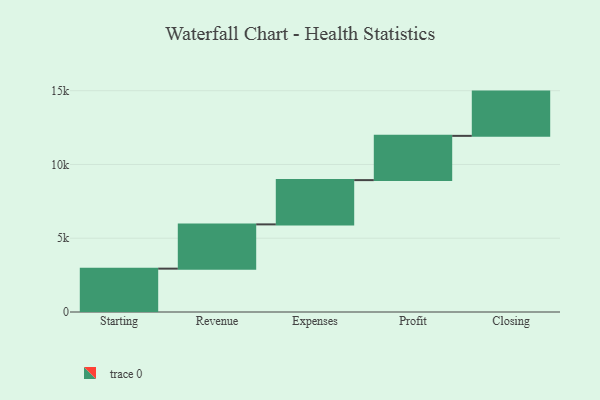
{"axis": {"x": "Step", "y": "Value"}, "legend": [""], "data": [{"x": "Starting", "y": 2939.0, "type": ""}, {"x": "Revenue", "y": 3000, "type": ""}, {"x": "Expenses", "y": 3000, "type": ""}, {"x": "Profit", "y": 3000, "type": ""}, {"x": "Closing", "y": 3000, "type": ""}]}